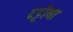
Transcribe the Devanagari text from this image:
टट्टीया